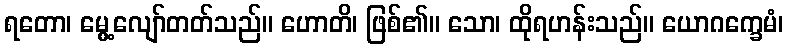
ရတော၊ မွေ့လျော်တတ်သည်။ ဟောတိ၊ ဖြစ်၏။ သော၊ ထိုရဟန်းသည်။ ယောဂက္ခေမံ၊